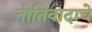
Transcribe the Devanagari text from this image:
नीतिवादाचे